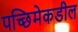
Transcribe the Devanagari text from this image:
पच्छिमेकडील